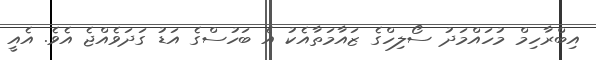
އިބްރާހިމް މުހައްމަދު ސޯލިހްގެ ޒައާމަތާއެކު އެ ބަހުސްގެ އަޑު ގަދަވެއްޖެ އެވެ. އެއީ